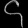
Digit: ၄